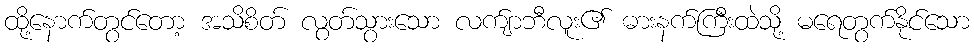
ထို့နောက်တွင်တော့ အသိစိတ် လွတ်သွားသော လက်ျာဘီလူး၏ ဓားနက်ကြီးထဲသို့ မရေတွက်နိုင်သော